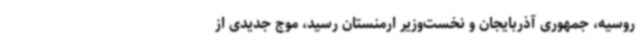
روسیه، جمهوری ‌آذربایجان و نخست‌وزیر ارمنستان رسید، موج جدیدی از